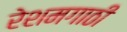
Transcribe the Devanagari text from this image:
रेशमगाठी